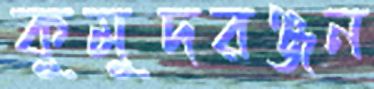
কুমুদরঞ্জন